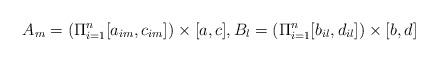
LaTeX: \begin{align*} A_m =\left(\Pi_{i=1}^n[a_{im},c_{im}]\right) \times [a,c], B_l =\left(\Pi_{i=1}^n [b_{il},d_{il}]\right) \times [b,d] \end{align*}